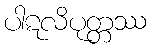
ပါဋလိပုတ္တဿ